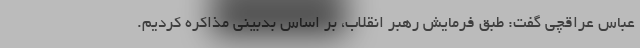
عباس عراقچی گفت: طبق فرمایش رهبر انقلاب، بر اساس بدبینی مذاکره کردیم.